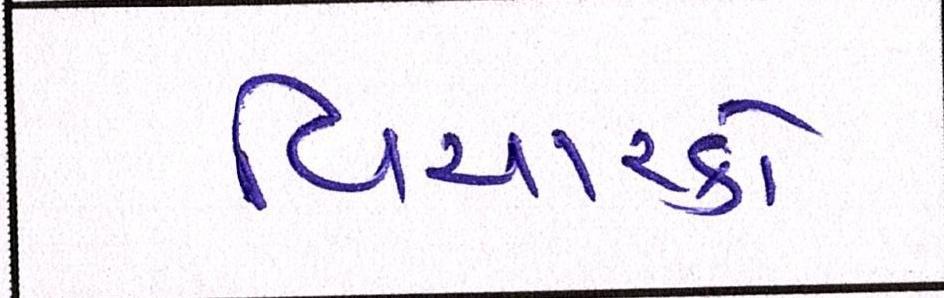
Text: વિચારકો